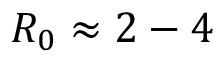
R _ { 0 } \approx 2 - 4